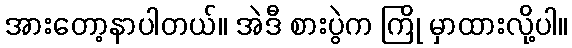
အားတော့နာပါတယ်။ အဲဒီ စားပွဲက ကြို မှာထားလို့ပါ။